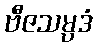
ဗီဇသမ္ပဒံ